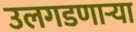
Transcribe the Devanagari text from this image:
उलगडणार्‍या